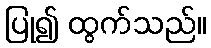
ပြု၍ ထွက်သည်။